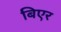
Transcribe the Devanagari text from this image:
बिएर